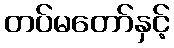
တပ်မတော်နှင့်